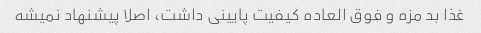
غذا بد مزه و فوق العاده کیفیت پایینی داشت، اصلا پیشنهاد نمیشه